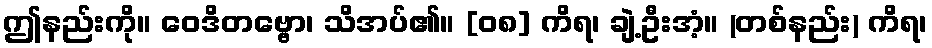
ဤနည်းကို။ ဝေဒိတဗ္ဗော၊ သိအပ်၏။ [၀၈] ကိရ၊ ချဲ့ဦးအံ့။ (တစ်နည်း) ကိရ၊